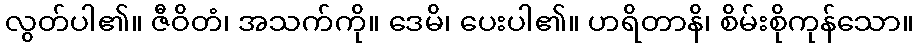
လွတ်ပါ၏။ ဇီဝိတံ၊ အသက်ကို။ ဒေမိ၊ ပေးပါ၏။ ဟရိတာနိ၊ စိမ်းစိုကုန်သော။